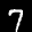
Label: 7